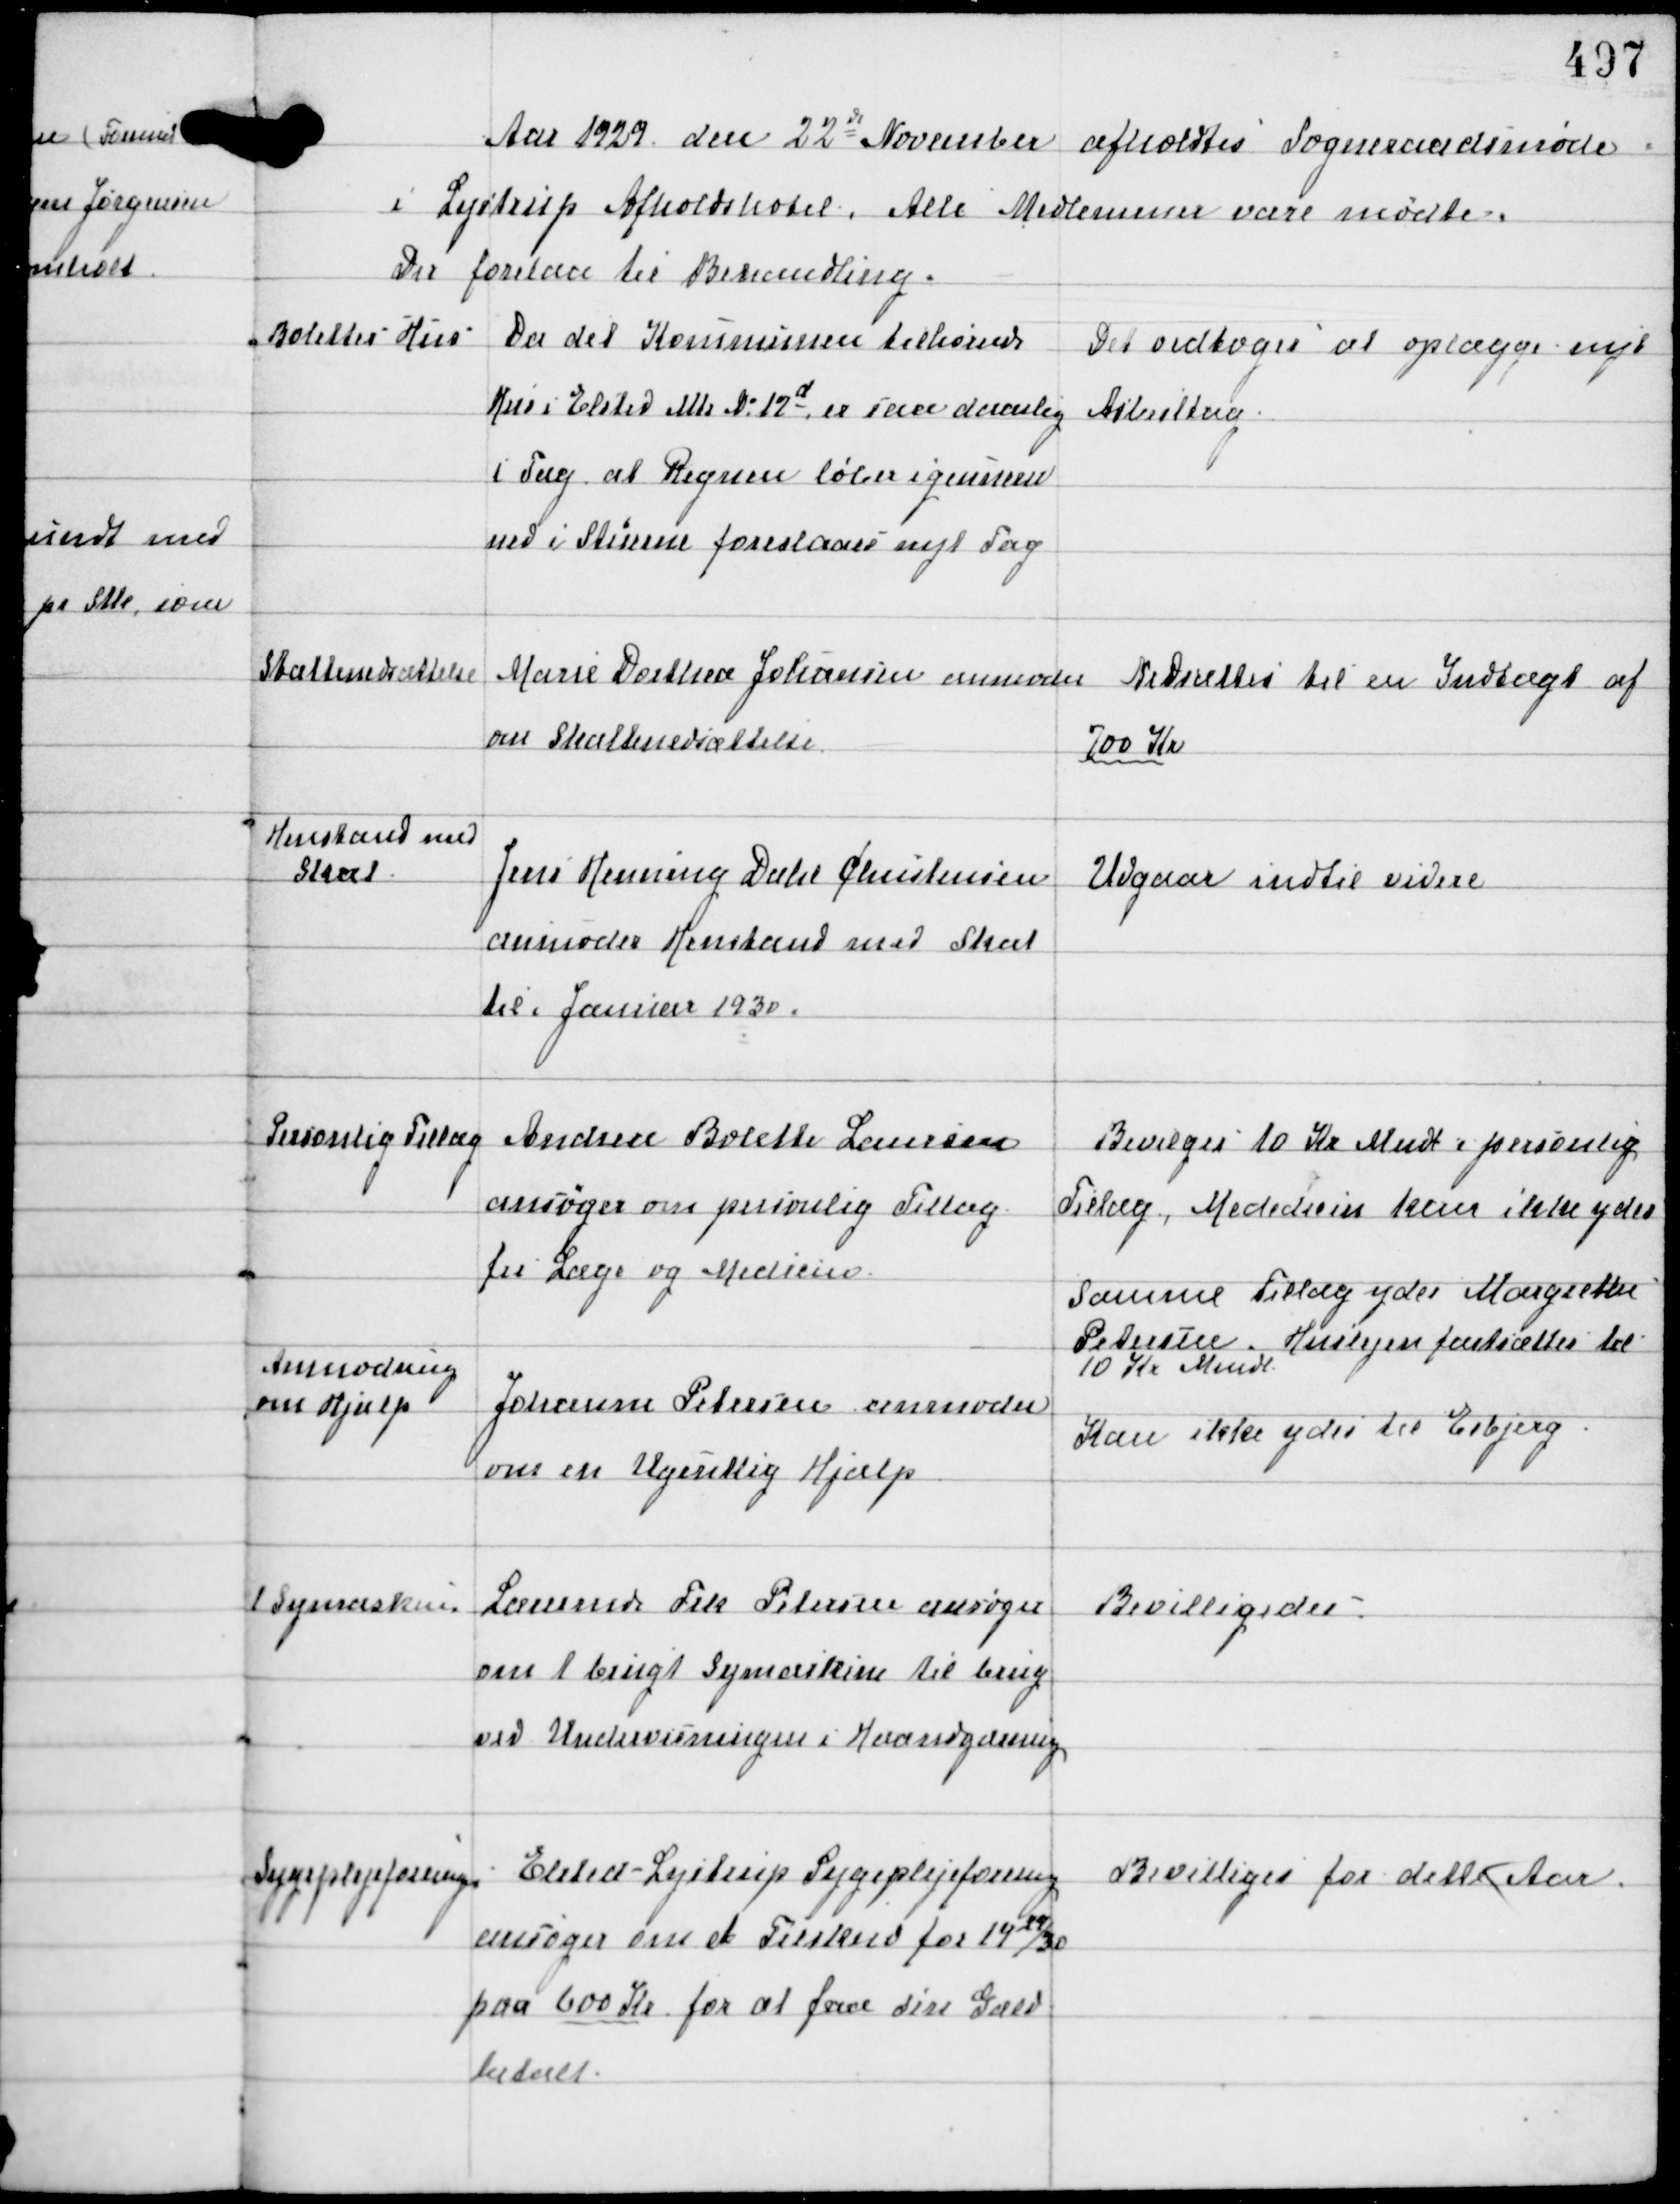
Transskription:
Aar 1929 den 22d November afholdtes Sogneraadsmøde
i Lystrup Afholdshotel. Alle Medlemmer vare mødte.
Der forelaa til Behandling.

Bolettes Hus

Da det Kommunen tilhørende
Hus i Elsted Mtr No 12d er saa daarlig
i Tag at Regnen løber igennem
ned i Stuerne foreslaas nyt Tag.

Det vedtoges at oplægge nyt
Asbesttag.

Skattenedsættelse

Marie Dorthea Johansen anmoder
om Skattenedsættelse

Nedsættes til en Indtægt af
700 Kr

Henstand med
Skat

Jens Henning Dahl Christensen
anmoder Henstand med Skat
til i Januar 1930.

Udgaar indtil videre

Personlig Tillæg

Andrea Bolette Laursen
ansøger om personlig Tillæg
til Læge og Medicin.

Bevilges 10 Kr Mndl i personlig
Tillæg, Mededecin kan ikke ydes

Samme Tillæg ydes Margrethe
Petersen. Huslejen fastsættes til
10 Kr Mndl

Anmodning
om Hjælp

Johanne Petersen anmoder
om en Ugentlig Hjælp

Kan ikke ydes til Esbjerg

1 Symaskine

Lærerinde Frk Petersen ansøger
om 1 brugt Symaskine til brug
ved Undervisningen i Haandgærning

Bevilligedes.

Sygeplejeforeningen

Elsted-Lystrup Sygeplejeforening
ansøger om et Tilskud for 1929/30
paa 600 Kr for at faa sin Gæld
betalt.

Bevilliges for dette Aar